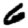
Digit: 6